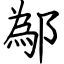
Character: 鄬